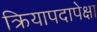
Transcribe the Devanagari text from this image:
क्रियापदापेक्षा